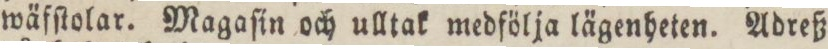
wäfſtolar. Magaſin och ulltak medfölja lägenheten. Adreß